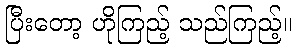
ပြီးတော့ ဟိုကြည့် သည်ကြည့်။